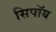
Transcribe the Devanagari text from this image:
सिपॉय